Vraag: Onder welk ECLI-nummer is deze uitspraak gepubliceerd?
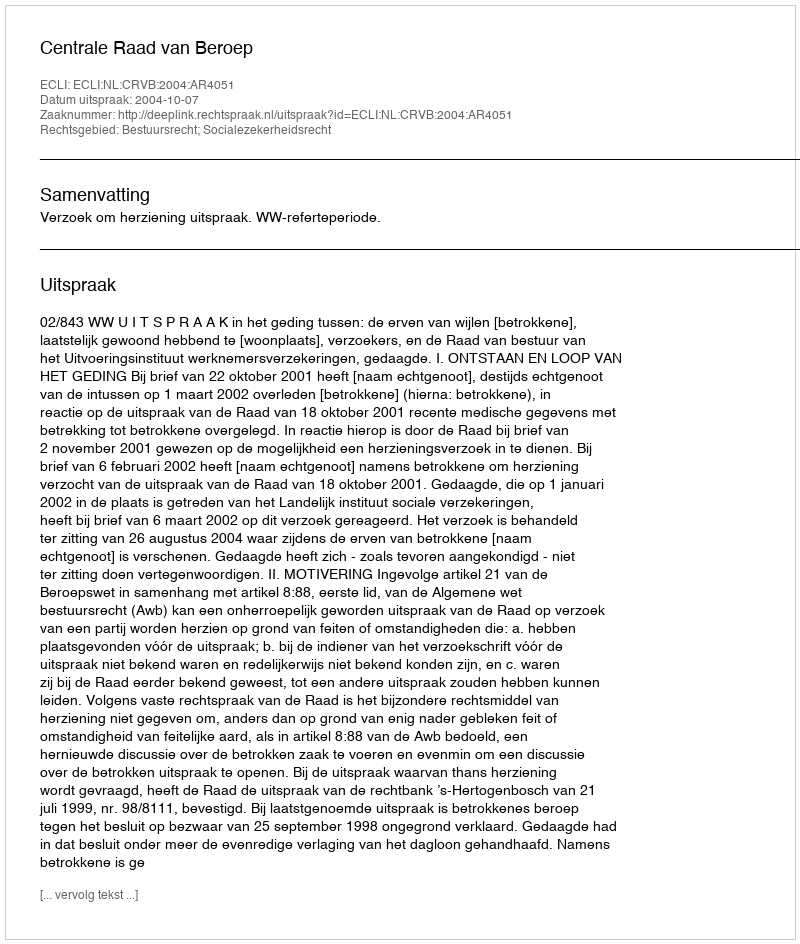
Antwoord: ECLI:NL:CRVB:2004:AR4051